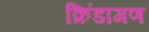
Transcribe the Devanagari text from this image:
क्रिंडागण